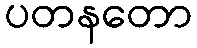
ပတနတော